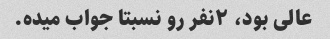
عالی بود، ۲نفر رو نسبتا جواب میده.